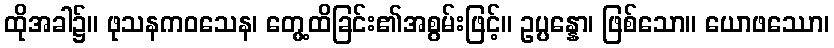
ထိုအခါ၌။ ဖုသနကဝသေန၊ တွေ့ထိခြင်း၏အစွမ်းဖြင့်။ ဥပ္ပန္နော၊ ဖြစ်သော။ ယောဖဿော၊